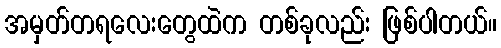
အမှတ်တရလေးတွေထဲက တစ်ခုလည်း ဖြစ်ပါတယ်။